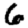
Digit: 6